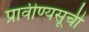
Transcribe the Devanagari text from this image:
प्रावीण्यसूची